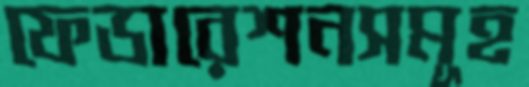
ফেডারেশনসমূহ